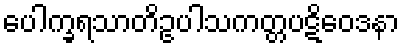
ပေါက္ခရသာတိဥပါသကတ္တပဋိဝေဒနာ